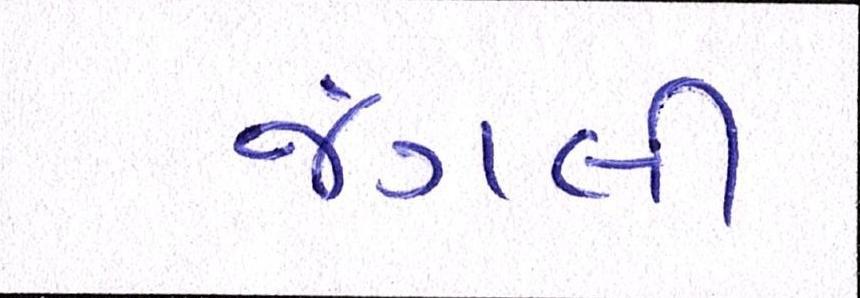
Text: જંગલી